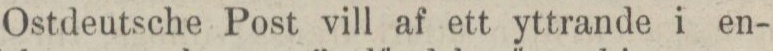
Ostdeutsche Post vill af ett yttrande i en-